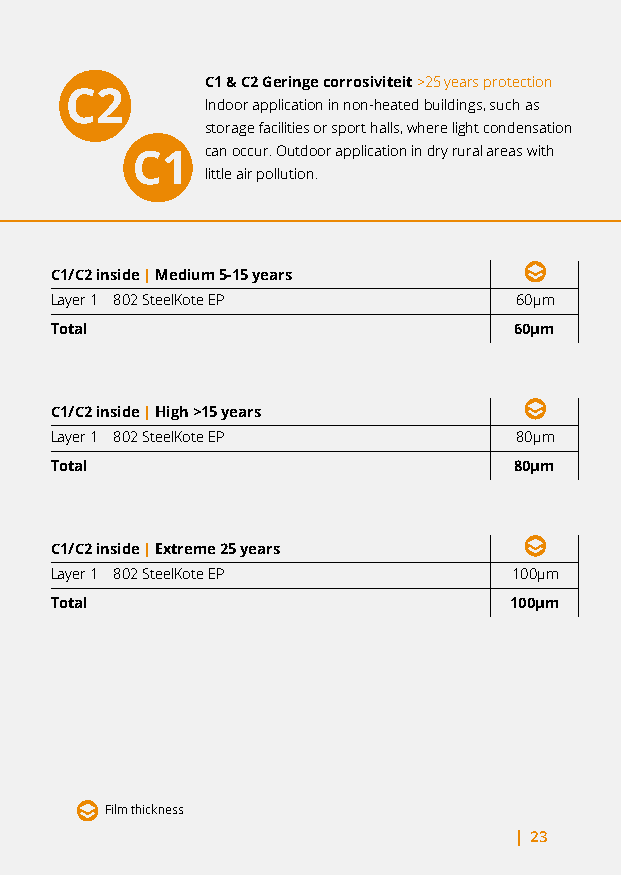
C1 & C2 Geringe corrosiviteit >25 years protection
 Indoor application in non-heated buildings, such as
 storage facilities or sport halls, where light condensation
 can occur. Outdoor application in dry rural areas with
 little air pollution.
 C1/C2 inside | Medium 5-15 years
 Layer 1 802 SteelKote EP       60µm
 Total                          60µm
 C1/C2 inside | High >15 years
 Layer 1 802 SteelKote EP       80µm
 Total                          80µm
 C1/C2 inside | Extreme 25 years
 Layer 1 802 SteelKote EP       100µm
 Total                          100µm
 Film thickness
 | 23